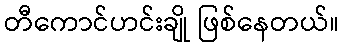
တီကောင်ဟင်းချို ဖြစ်နေတယ်။